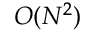
O ( N ^ { 2 } )